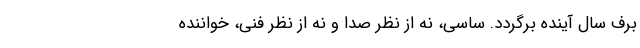
برف سال آینده برگردد. ساسی، نه از نظر صدا و نه از نظر فنی، خواننده